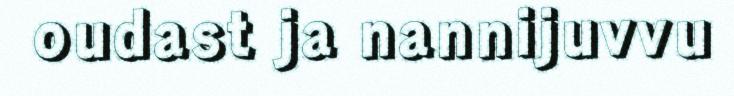
oudast ja nannijuvvu